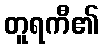
တူရကီ၏